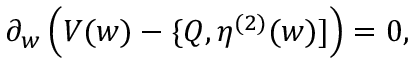
\partial _ { w } \, \Big ( V ( w ) - \{ Q , \eta ^ { ( 2 ) } ( w ) ] \Big ) = 0 ,